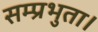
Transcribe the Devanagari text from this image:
सम्प्रभुता।